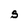
Character: S